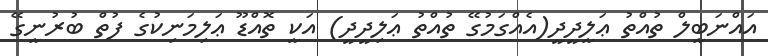
އައްނަބީލް ތުއްތު ޢަލީދީދީ(އެއްގަމުގޭ ތުއްތު ޢަލިދީދީ) އަކީ ތޮއްޑޫ ޢަލިމަނިކުގެ ފުތް ބުރުނީގޭ